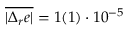
\overline { { | \Delta _ { r } e | } } = 1 ( 1 ) \cdot 1 0 ^ { - 5 }